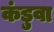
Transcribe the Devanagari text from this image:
कंडुवा